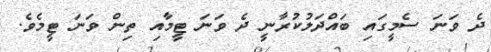
ދެ ވަނަ ސެމީގައި ބައްދަލުކުރާނީ ދެ ވަނަ ޓީމާއި ތިން ވަނަ ޓީމެވެ.